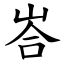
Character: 峇